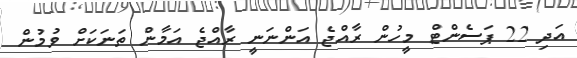
އަދި 22 ޕަސެންޓް މީހުން ރާއްޖެ އަންނަނީ ރާއްޖެ އަމާން ތަނަކަށް ވުމުން